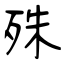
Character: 殊